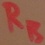
Text: RB